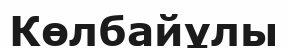
Көлбайұлы